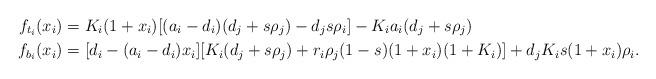
LaTeX: \begin{align*}f_{t_i}(x_i)&=K_i(1+x_i)[(a_i-d_i)(d_j+s\rho_j)-d_js\rho_i]-K_ia_i(d_j+s\rho_j)\\f_{b_i}(x_i)&=[d_i-(a_i-d_i)x_i][K_i(d_j+s\rho_j)+r_i\rho_j(1-s)(1+x_i)(1+K_i)]+d_jK_is(1+x_i)\rho_i.\end{align*}